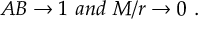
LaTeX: A B \rightarrow 1 \ a n d \ M / r \rightarrow 0 \ .